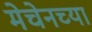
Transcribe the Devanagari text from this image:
मेचेनच्या